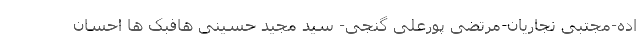
اده-مجتبی نجاریان-مرتضی پورعلی گنجی- سید مجید حسینی هافبک ها احسان